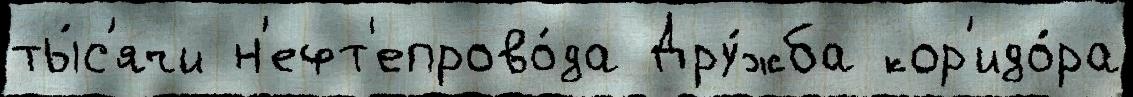
ты́с'ячи н'ефт'епрово́да Дру́жба кор'идо́ра